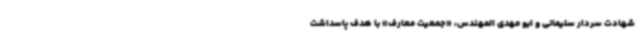
شهادت سردار سلیمانی و ابو مهدی المهندس، «جمعیت معارف» با هدف پاسداشت